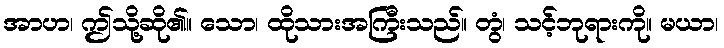
အာဟ၊ ဤသို့ဆို၏။ သော၊ ထိုသားအကြီးသည်။ တွံ၊ သင့်ဘုရားကို။ မယာ၊